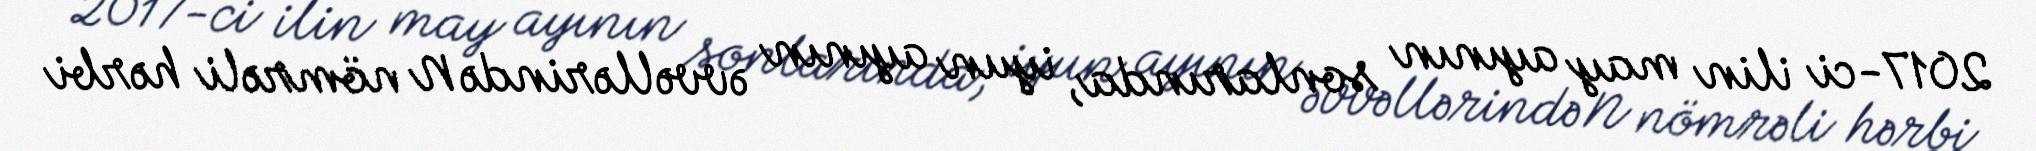
2017-ci ilin may ayının sonlarında, iyun ayının əvvəllərində N nömrəli hərbi